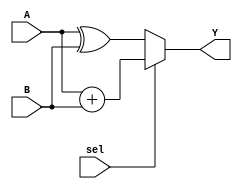
module mux_2to1(Y, A, B, sel);
   output [1:0] Y;
   input [1:0]  A, B;
   input 	 sel;
   reg [1:0] 	 Y;
   always @(A or B or sel)
     if (sel == 1'b0)
       Y = A ^ B;
     else
       Y = A + B;
endmodule